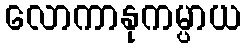
လောကာနုကမ္ပာယ